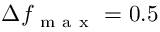
\Delta f _ { \mathrm { ~ m ~ a ~ x ~ } } = 0 . 5